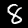
Digit: 8